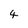
Character: 4